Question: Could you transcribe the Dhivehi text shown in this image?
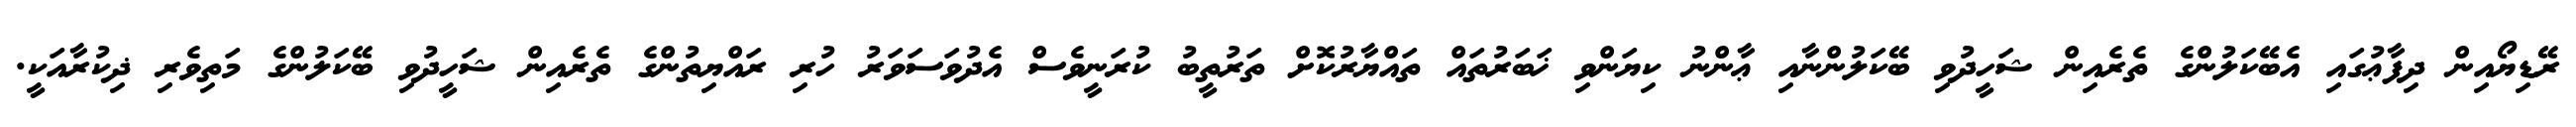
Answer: ރޭޑިޔޯއިން ދިފާޢުގައި އެބޭކަލުންގެ ތެރެއިން ޝަހީދުވި ބޭކަލުންނާއި ޢާންނު ކިޔަންވި ޚަބަރުތައް ތައްޔާރުކޮށް ތަރުތީބު ކުރަނީވެސް އެދުވަސަވަރު ހުރި ރައްޔިތުންގެ ތެރެއިން ޝަހީދުވި ބޭކަލުންގެ މަތިވެރި ޛިކުރާއަކީ.